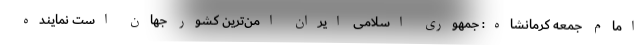
امام جمعه کرمانشاه: جمهوری اسلامی ایران امن‌ترین کشور جهان است نماینده